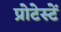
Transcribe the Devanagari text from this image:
प्रोटेस्टें